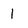
Character: 1